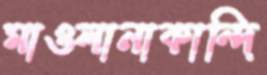
মাওলানাকান্দি